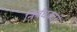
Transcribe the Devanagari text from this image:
निर्बंधकारी